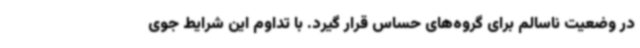
در وضعیت ناسالم برای گروه‌های حساس قرار گیرد. با تداوم این شرایط جوی